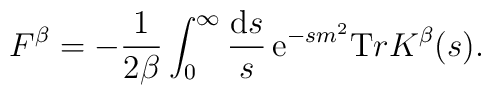
{F}^{\beta}		= - \frac{1}{2 \beta}	\int_{0}^{\infty} \frac{{\mathrm d} s}{s}\,	{\mathrm e}^{-s m^2}{\mathrm Tr} {K}^{\beta}(s).